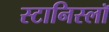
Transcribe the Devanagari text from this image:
स्टानिस्लॉ